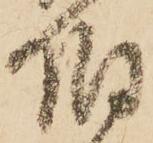
伯